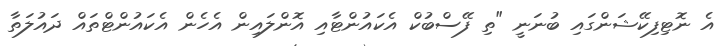
އެ ނޮޓިފިކޭޝަންގައި ބުނަނީ "ތި ފޭސްބުކް އެކައުންޓާއި އޮންލައިން އެހެން އެކައުންޓްތައް ދައުލަތާ